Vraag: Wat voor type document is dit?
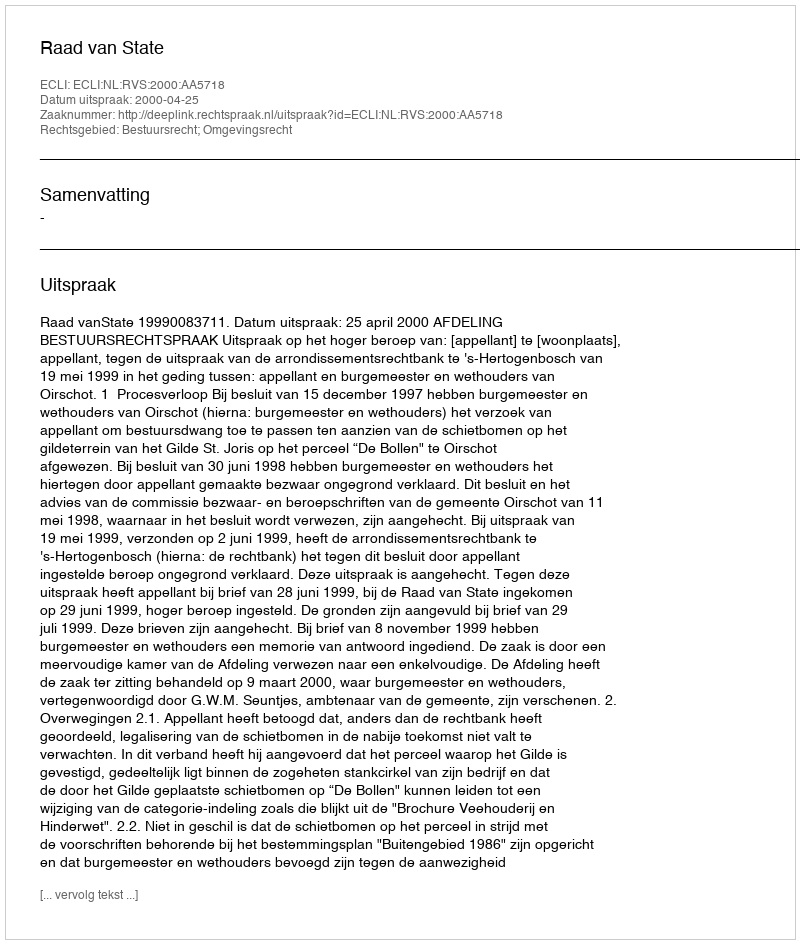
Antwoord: Uitspraak